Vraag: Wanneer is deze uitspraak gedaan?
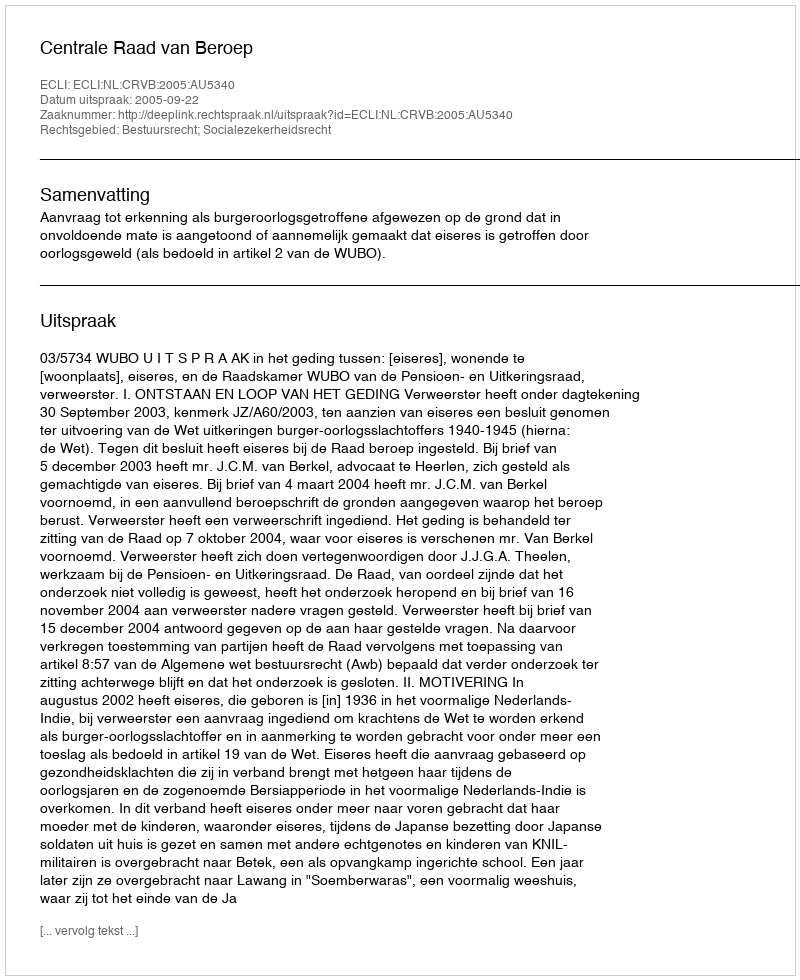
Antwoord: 2005-09-22